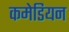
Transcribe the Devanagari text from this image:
कमेडियन